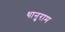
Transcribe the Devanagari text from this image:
थानुराम